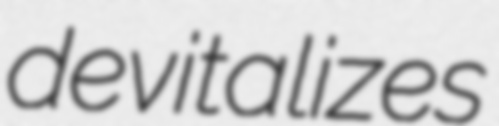
devitalizes